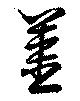
薑